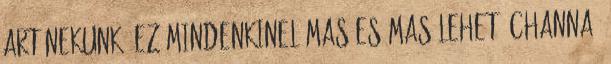
art nekunk, ez mindenkinel mas es mas lehet. Channa,